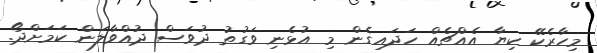
މިހާރެކޭ ކިޔާ އެއްޗެއް ހަދައިގެން މި އުޅެނި ވަގުތު ދުވަސް ދުއްވާލަން ކަމަށްދޯ.